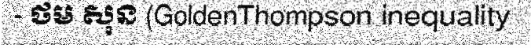
- ថម សុន (GoldenThompson inequality